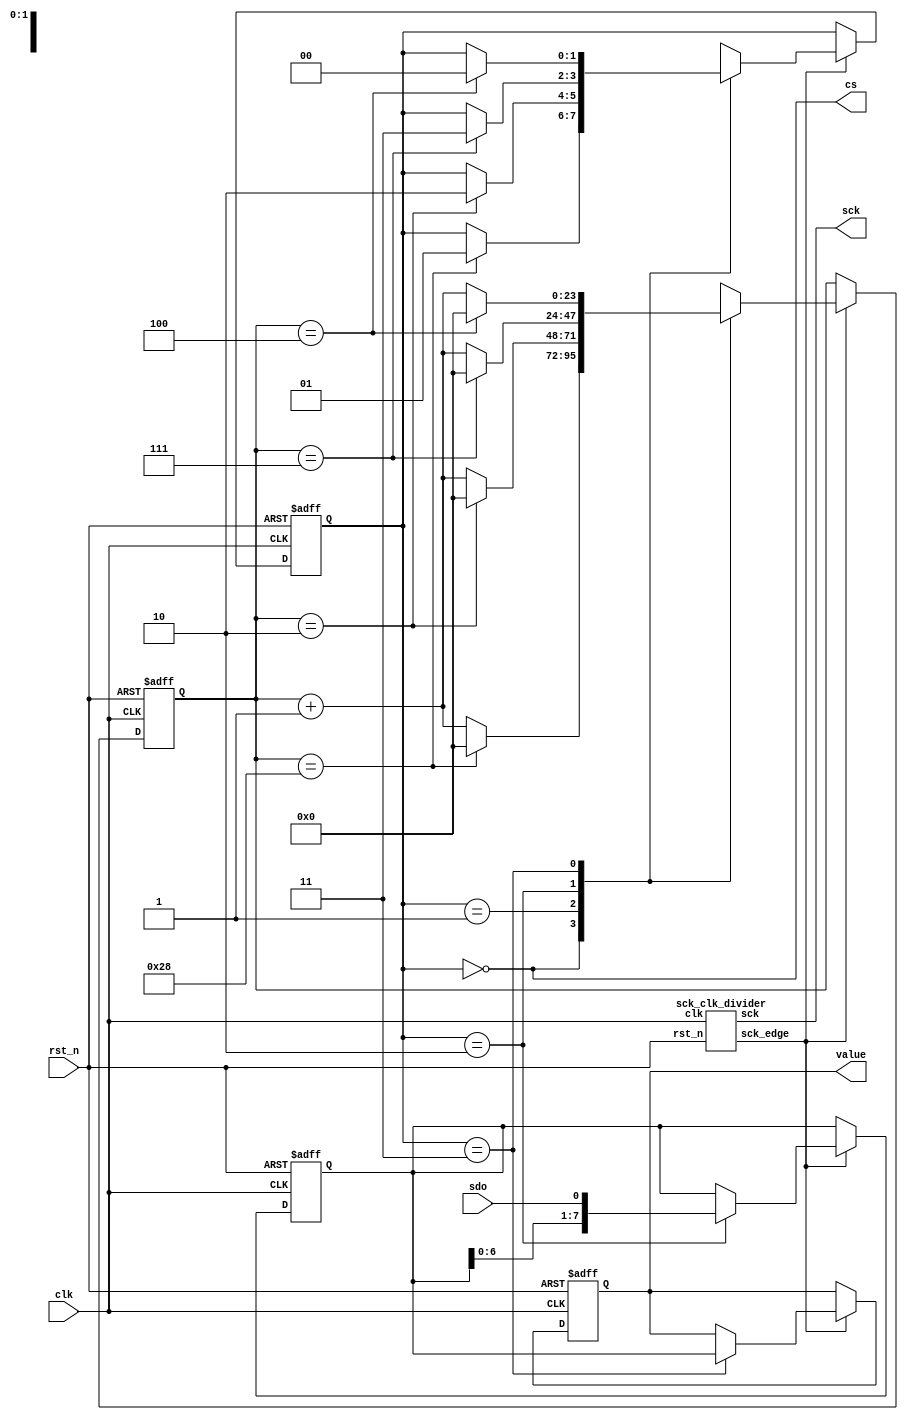
// This program was cloned from: https://github.com/RomeoMe5/DDLM
// License: MIT License

/*
 * Digital Design Lab Manual
 * Lab #9
 *
 * Copyright(c) 2017 Stanislav Zhelnio 
 *
 */
 
module pmod_als
#(
    parameter QUERY_DELAY = 40
)
(
    input             clk,
    input             rst_n,
    output            cs,
    output            sck,
    input             sdo,
    output reg  [7:0] value
);

    localparam  S_IDLE       = 0,
                S_PREFIX     = 1,
                S_DATA       = 2,
                S_POSTFIX    = 3;

    localparam  IDLE_SIZE    = QUERY_DELAY,
                PREFIX_SIZE  = 2,
                DATA_SIZE    = 7,
                POSTFIX_SIZE = 4;

    // sck clock divider
    wire sck_edge;
    sck_clk_divider scd
    (
        .clk        ( clk      ),
        .rst_n      ( rst_n    ),
        .sck        ( sck      ),
        .sck_edge   ( sck_edge )
    );

    // State hold registers
    reg  [ 1:0] State;
    reg  [23:0] cnt;
    reg  [ 7:0] buffer;

    // State hold registers next value
    reg  [ 1:0] Next;
    reg  [23:0] cntNext;
    reg  [ 7:0] bufferNext;
    reg  [ 7:0] valueNext;

    // Next value to state on every clock
    always @ (posedge clk or negedge rst_n)
        if(~rst_n) begin
            State  <= S_IDLE;
            cnt    <= 24'b0;
            buffer <= 8'b0;
            value  <= 8'b0;
            end
        else begin
            State  <= Next;
            cnt    <= cntNext;
            buffer <= bufferNext;
            value  <= valueNext;
        end

    // Next state determining
    always @(*) begin
        Next = State;
        if(sck_edge)
            case(State)
                S_IDLE    : if(cnt == IDLE_SIZE)    Next = S_PREFIX;
                S_PREFIX  : if(cnt == PREFIX_SIZE)  Next = S_DATA;
                S_DATA    : if(cnt == DATA_SIZE)    Next = S_POSTFIX;
                S_POSTFIX : if(cnt == POSTFIX_SIZE) Next = S_IDLE;
            endcase
    end

    always @(*) begin
        cntNext = cnt;
        if(sck_edge) begin
            cntNext = cnt + 1;
            case(State)
                S_IDLE    : if (cnt == IDLE_SIZE)    cntNext = 0;
                S_PREFIX  : if (cnt == PREFIX_SIZE)  cntNext = 0;
                S_DATA    : if (cnt == DATA_SIZE)    cntNext = 0;
                S_POSTFIX : if (cnt == POSTFIX_SIZE) cntNext = 0;
            endcase
        end
    end

    always @(*) begin
        bufferNext = buffer;
        valueNext = value;
        if(sck_edge)
            case(State)
                S_DATA    : bufferNext = { bufferNext[6:0], sdo };
                S_POSTFIX : valueNext = bufferNext;
            endcase
    end

    // output
    assign cs = (State == S_IDLE);

endmodule


module sck_clk_divider
(
    input       clk,
    input       rst_n,
    output      sck,
    output      sck_edge
);
    localparam  S_DOWN = 0,
                S_EDGE = 1,
                S_UP   = 2;

    localparam  DOWN_SIZE = 7,
                UP_SIZE = DOWN_SIZE - 1; // because 1 cycle of S_EDGE;

    // State hold registers
    reg  [1:0] State;
    reg  [2:0] cnt;

    // State hold registers next value
    reg  [1:0] Next;
    reg  [2:0] cntNext;

    always @ (posedge clk or negedge rst_n)
        if(~rst_n) begin
            State  <= S_DOWN;
            cnt    <= 3'b0;
            end
        else begin
            State  <= Next;
            cnt    <= cntNext;
        end

    // Next state determining
    always @(*) begin
        Next = State;
        case(State)
            S_DOWN  : if(cnt == DOWN_SIZE) Next = S_EDGE;
            S_EDGE  : Next = S_UP;
            S_UP    : if(cnt == UP_SIZE) Next = S_DOWN;
        endcase
    end

    always @(*) begin
        cntNext = cnt + 1;
        case(State)
            S_DOWN  : if (cnt == DOWN_SIZE) cntNext = 0;
            S_EDGE  : cntNext = 0;
            S_UP    : if (cnt == UP_SIZE) cntNext = 0;
        endcase
    end

    // Output value
    assign sck      = (State != S_DOWN);
    assign sck_edge = (State == S_EDGE);

endmodule